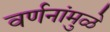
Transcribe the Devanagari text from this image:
वर्णनांमुळे